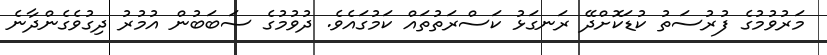
މަރުވުމުގެ ފުރުސަތު ކުޑަކޮށްދޭ ރަނގަޅު ކަސްރަތުތައް ކަމުގައެވެ. ދުވުމުގެ ސަބަބުން އުމުރު ދިގުވެގެންދާނެ